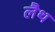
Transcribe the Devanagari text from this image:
लैथ